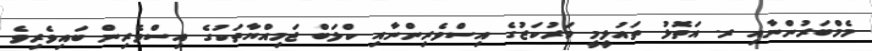
މެމްބަރުންނާއި ރ. އަތޮޅު ތައުލީމީ މަރުކަޒުގެ އިސްވެރިންނާއި ކްލަބް ޖަމިއްޔާތަކުގެ އިސްވެރިން ބައިވެރިވެ